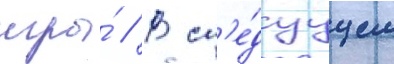
игры́ // В сл'е́дуущем